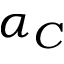
\alpha _ { C }